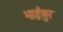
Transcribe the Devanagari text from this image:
भाईसुर